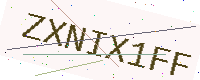
Text: ZXNIX1FF